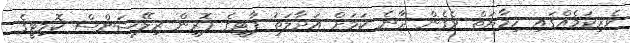
ވެރިކަމެއްގައި ހިމާޔަތް ވެގެން ދާނެ ކަމަށް އަދާލަތު ޕާޓީގެ ފޮރިން ރިލޭޝަންސް ކޮމިޓީގެ